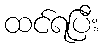
ထင်ရပြီး